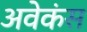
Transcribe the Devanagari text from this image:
अवेकंस